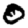
Digit: 0